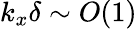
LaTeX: k_{x}\delta\sim O(1)